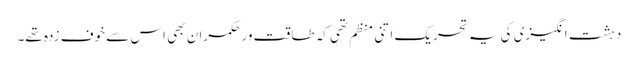
دہشت انگیزی کی یہ تحریک اتنی منظم تھی کہ طاقت ور حکمران بھی اس سے خوف زدہ تھے۔